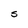
Character: S